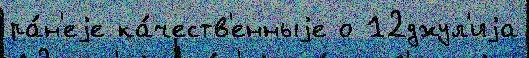
ра́н'еjе ка́честв'енныjе о 12джул'иjа